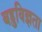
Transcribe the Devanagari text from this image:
बहुविज्ञता